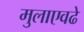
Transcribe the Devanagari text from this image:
मुलाएवढे